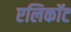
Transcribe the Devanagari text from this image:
एलिकॉट